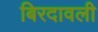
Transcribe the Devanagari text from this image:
बिरदावली